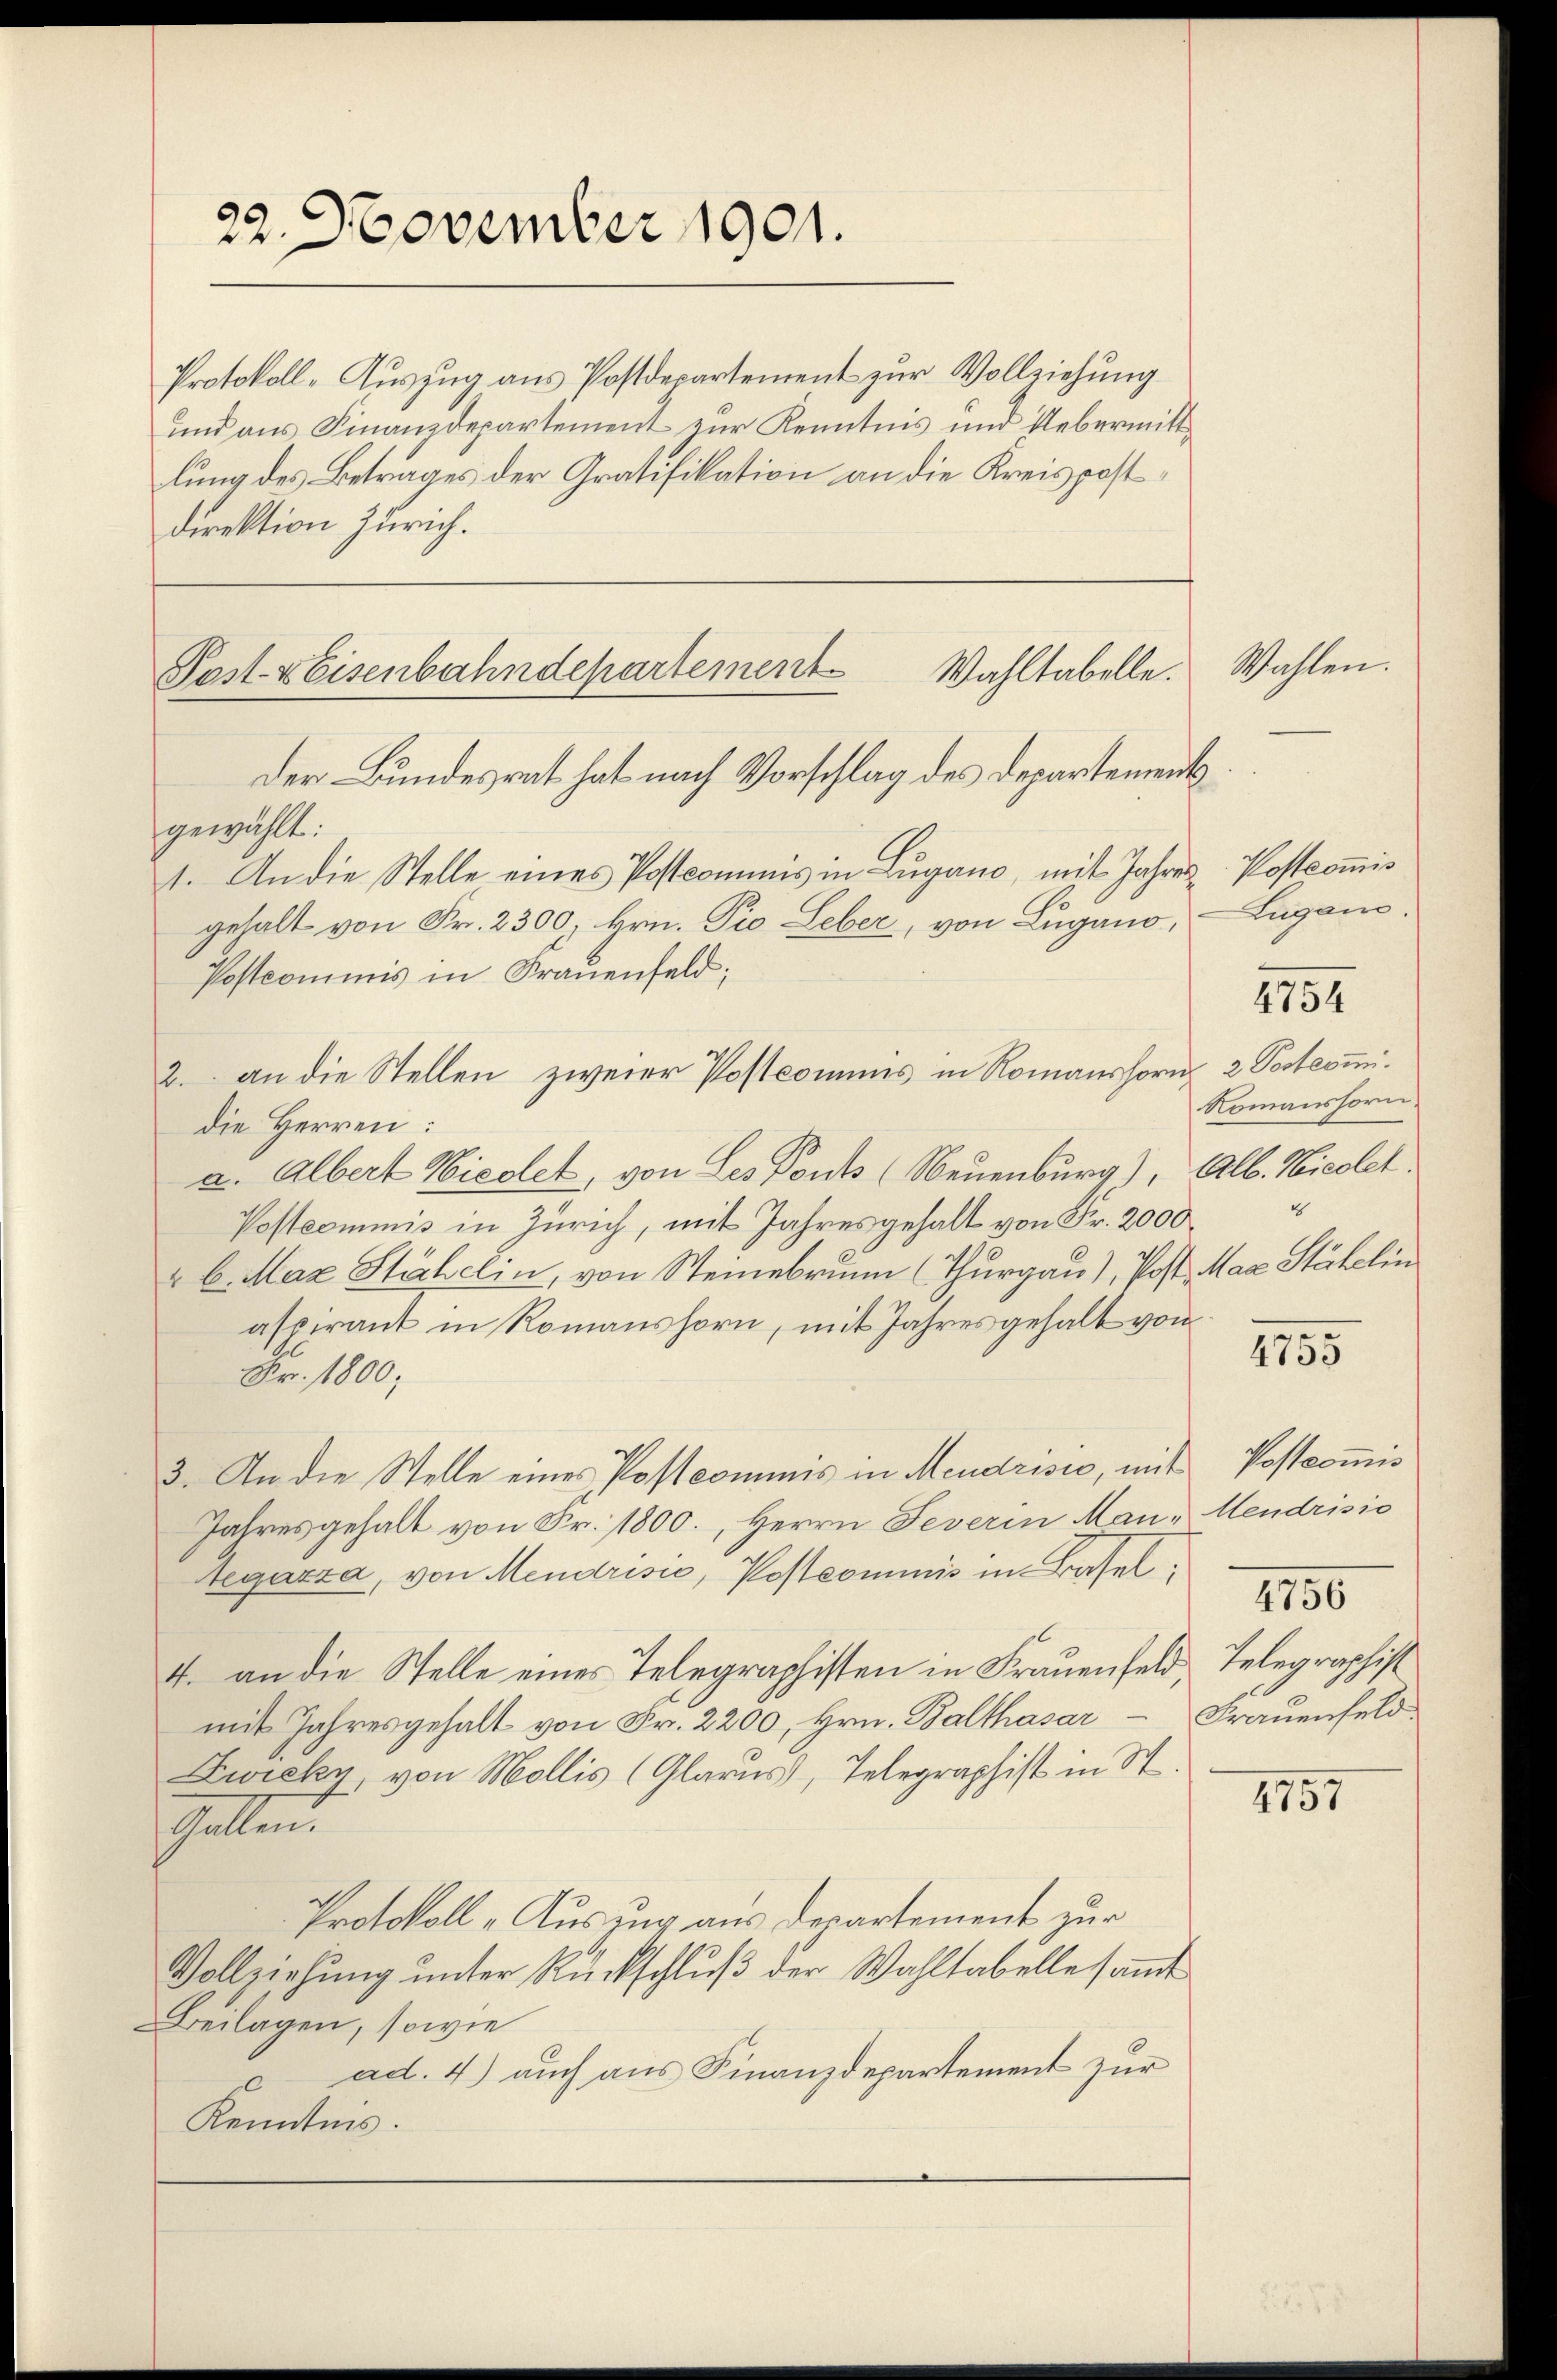
22. November 1901.

Protokoll-Auszug aus Postdepartement zur Vollziehung
und aus Finanzdepartement zur Kenntnis und Uebermittlung des Betrages der Gratifikation an die Kreispostdirektion Zürich.

Wahltabelle.
Post- & Eisenbahndepartement

Der Bundesrat hat nach Vorschlag des Departement
gewählt:
1. An die Stelle eines Postcommis in Lugano, mit Jahres Postcommis
gehalt von Fr. 2300, Hrn. Pio Leber, von Lugano,
Postcommis in Frauenfeld;
2. an die Stellen zweier Postcomuns in Romanshorn
die Herren:
a. Albert Niedet, von Les Ponts (Neuenburg), Alb. Nicolet.
Postcommis in Zürich, mit Jahresgehalt von Fr. 2000
" 6. Max Stähelin, von Steinebrunn (Thurgau), Post. Max Stähelin
aspirant in Romanshorn, mit Jahresgehalt von
Nr. 1800;
3. An die Stelle eines Postcommis in Mendrisie, mit
Jahres gehalt von Fr. 1800., Herrn Severin Mantegazza, von Menarisić, Postcommis in Basel;
4. an die Stelle eines Telegraphisten in Frauenfeld,
mit Jahresgehalt von Fr. 2200, Hrn. Balthasar Frauenfeld.
Zwicky, von Mollis (Glarus, Telegraphist in S
Gallen.
Protokoll „Ausung aus Departement zur
Vollziehŭng ŭnter Rückschlŭβ der Wahltabelle sandt
Beilagen, sowie
ad. 4) auch aus Finanzdepartement zur
Kenntnis.

Wahlen.

Lugan.

4754

2. Posterini.
Romanshorn.
e

4755

Postcommis
Mendrisio

Telegraphist

4756

4757